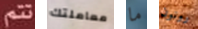
تتم معاملتك ما رونون